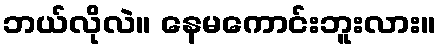
ဘယ်လိုလဲ။ နေမကောင်းဘူးလား။